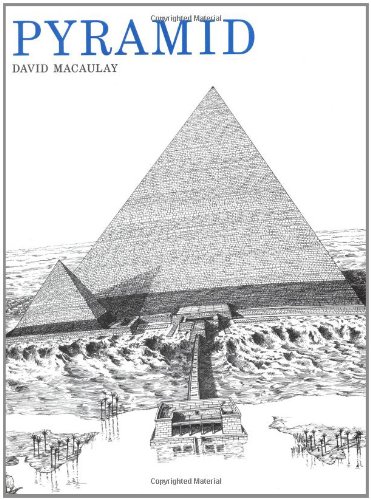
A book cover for Pyramid; David Macaulay; Children's Books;